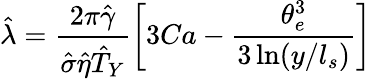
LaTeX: \hat{\lambda}=\frac{2\pi\hat{\gamma}}{\hat{\sigma}\hat{\eta}\hat{T}_{Y}}\left[3Ca-\frac{\theta_{e}^{3}}{3\ln(y/l_{s})}\right]